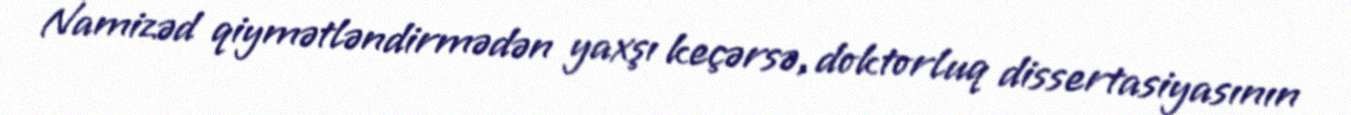
Namizəd qiymətləndirmədən yaxşı keçərsə, doktorluq dissertasiyasının